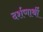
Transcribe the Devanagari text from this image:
दर्शणार्थी